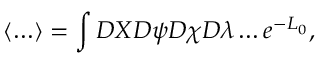
\left\langle \ldots \right\rangle = \int { \cal D } X { \cal D } \psi { \cal D } \chi { \cal D } \lambda \ldots e ^ { - { \cal L } _ { 0 } } ,